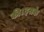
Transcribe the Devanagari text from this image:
की।इसके